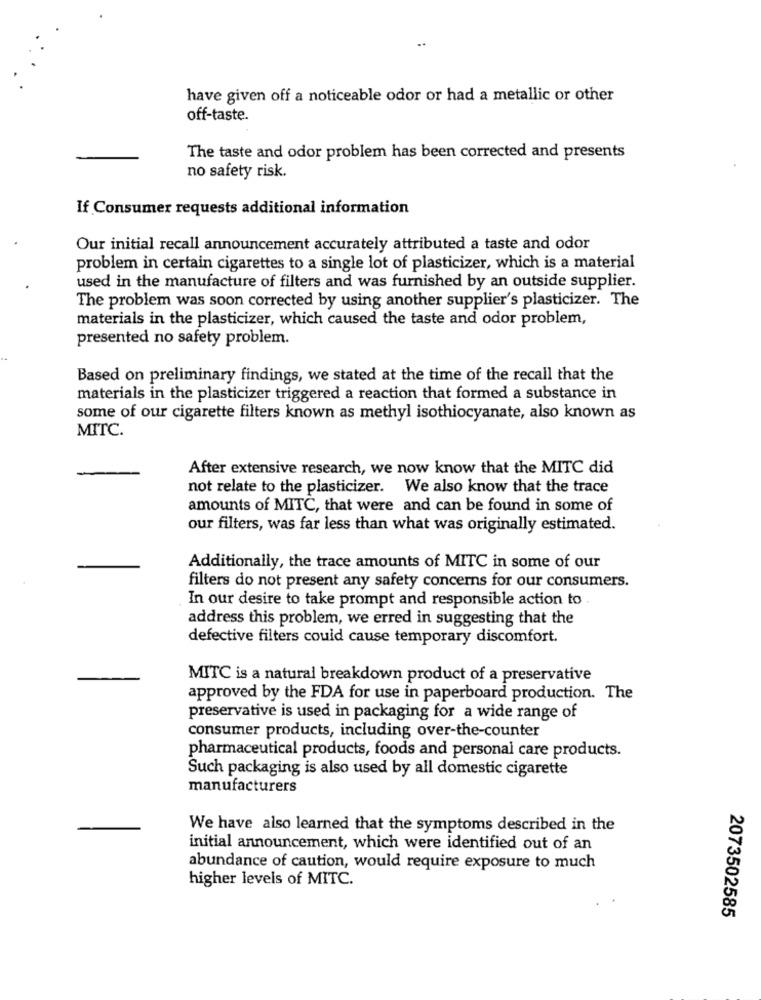
have given off a noticeable odor or had a metallic or other
off-taste.
The taste and odor problem has been corrected and presents
no safety risk.
If Consumer requests additional information
Our initial recall announcement accurately attributed a taste and odor
problem in certain cigarettes to a single lot of plasticizer, which is a material
used in the manufacture of filters and was furnished by an outside supplier.
The problem was soon corrected by using another supplier's plasticizer. The
materials in the plasticizer, which caused the taste and odor problem,
presented no safety problem.
Based on preliminary findings, we stated at the time of the recall that the
materials in the plasticizer triggered a reaction that formed a substance in
some of our cigarette filters known as methyl isothiocyanate, also known as
MITC.
After extensive research, we now know that the MITC did
not relate to the plasticizer. We also know that the trace
amounts of MITC, that were and can be found in some of
our filters, was far less than what was originally estimated.
Additionally, the trace amounts of MITC in some of our
filters do not present any safety concerns for our consumers.
In our desire to take prompt and responsible action to.
address this problem, we erred in suggesting that the
defective filters could cause temporary discomfort.
MITC is a natural breakdown product of a preservative
approved by the FDA for use in paperboard production. The
preservative is used in packaging for a wide range of
consumer products, including over-the-counter
pharmaceutical products, foods and personal care products.
Such packaging is also used by all domestic cigarette
manufacturers
We have also learned that the symptoms described in the
initial announcement, which were identified out of an
abundance of caution, would require exposure to much
higher levels of MITC.
2073502585